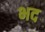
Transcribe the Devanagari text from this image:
भद